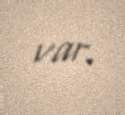
var.